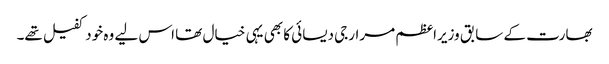
بھارت کے سابق وزیراعظم مرارجی دیسائی کا بھی یہی خیال تھا اس لیے وہ خود کفیل تھے۔